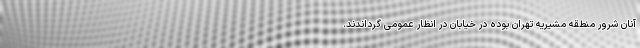
آنان شرور منطقه مشیریه تهران بوده در خیابان در انظار عمومی گرداندند.